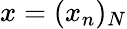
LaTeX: x=(x_{n})_{N}